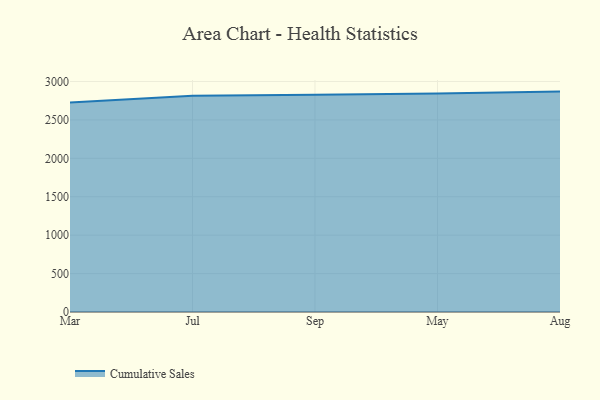
{"axis": {"x": "Month", "y": "Headcount"}, "legend": ["Cumulative Sales"], "data": [{"x": "Mar", "y": 2726.5, "type": "Cumulative Sales"}, {"x": "Jul", "y": 2813.1, "type": "Cumulative Sales"}, {"x": "Sep", "y": 2826.3, "type": "Cumulative Sales"}, {"x": "May", "y": 2842.5, "type": "Cumulative Sales"}, {"x": "Aug", "y": 2868.6, "type": "Cumulative Sales"}]}